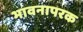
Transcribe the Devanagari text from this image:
भावनापरक